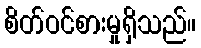
စိတ်ဝင်စားမှုရှိသည်။